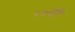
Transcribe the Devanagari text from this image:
५७वी